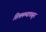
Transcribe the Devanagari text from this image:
शिश्नमण्यापासून